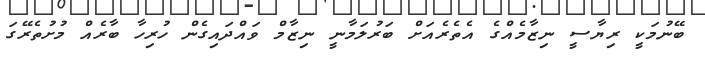
ބޭނުމަކީ ރިޔާސީ ނިޒާމެއްގެ އެތެރެއަށް ބަރުލަމާނީ ނިޒާމް ވައްދައިގެން ހުރިހާ ބާރެއް މުށުތެރޭގަ